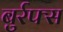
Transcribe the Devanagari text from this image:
बुर्रफ्स